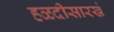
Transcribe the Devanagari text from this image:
हळदीसारखे